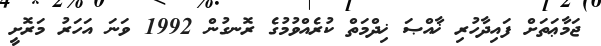
ޖަމާޢަތަށް ފައިދާހުރި ޚާއްޞަ ޚިދްމަތް ކުރެއްވުމުގެ ރޮނގުން 1992 ވަނަ އަހަރު މަރޮށީ